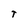
Character: T